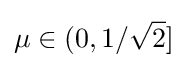
\mu \in (0,1/{\sqrt {2}}]